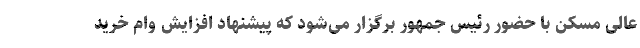
عالی مسکن با حضور رئیس جمهور برگزار می‌شود که پیشنهاد افزایش وام خرید